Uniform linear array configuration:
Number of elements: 12
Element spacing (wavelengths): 0.25
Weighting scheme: kaiser
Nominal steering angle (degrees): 15
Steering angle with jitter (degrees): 16.142
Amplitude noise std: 0.05
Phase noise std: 0.05

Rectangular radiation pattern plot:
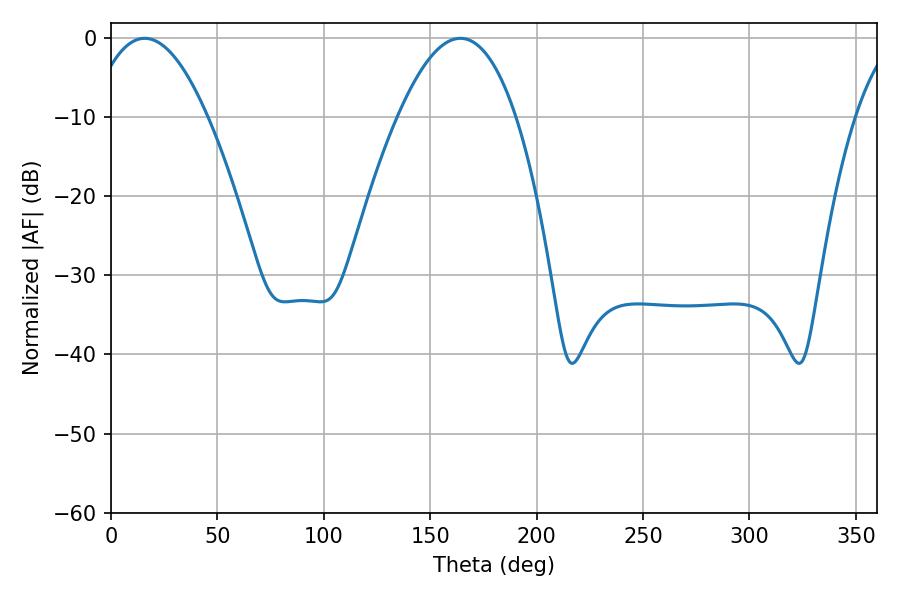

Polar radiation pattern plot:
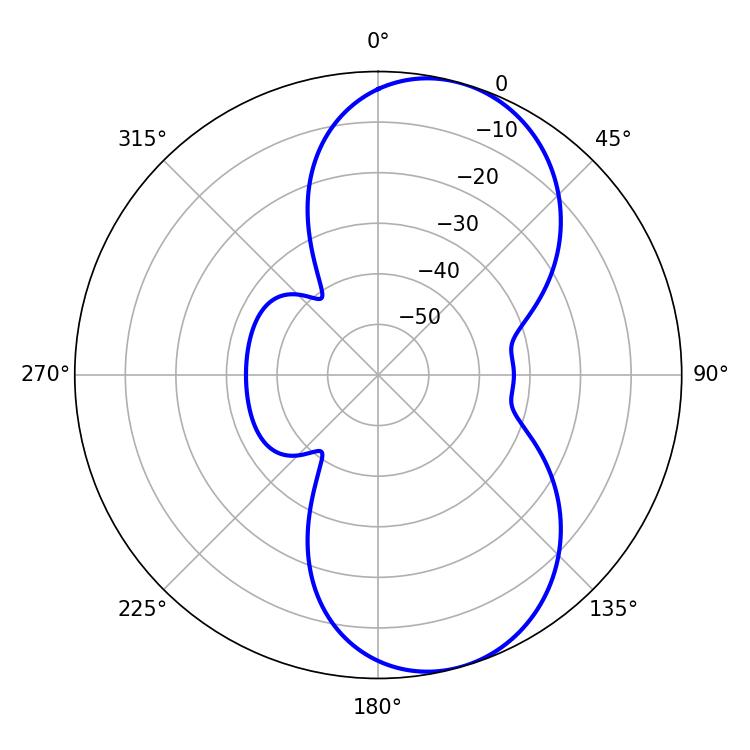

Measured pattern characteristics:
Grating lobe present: FALSE
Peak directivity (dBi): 7.899
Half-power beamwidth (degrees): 30.6
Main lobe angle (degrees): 15.84